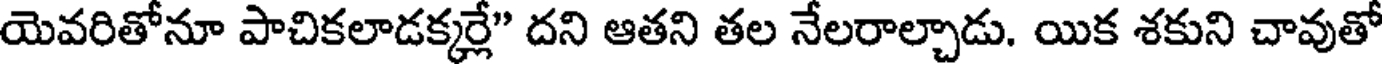
యెవరితోనూ పాచికలాడక్కర్లే" దని ఆతని తల నేలరాల్చాడు. యిక శకుని చావుతో